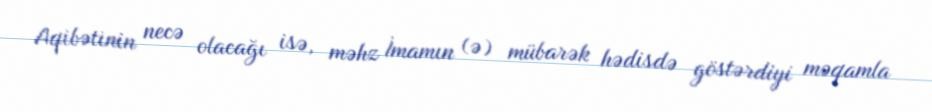
Aqibətinin necə olacağı isə, məhz İmamın (ə) mübarək hədisdə göstərdiyi məqamla